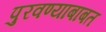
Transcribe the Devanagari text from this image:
पुरवण्याबाबत